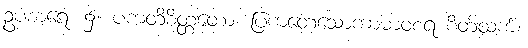
ဥပစာရေ၊ ၌။ ပကတိစိတ္တတော၊ ပြကတေ့သောကာမာဝစရ စိတ်ထက်။